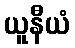
ယူနီယံ